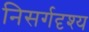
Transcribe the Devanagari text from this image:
निसर्गदृश्य